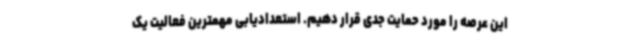
این عرصه را مورد حمایت جدی قرار دهیم. استعدادیابی مهمترین فعالیت یک